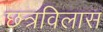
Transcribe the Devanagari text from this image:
छत्रविलास